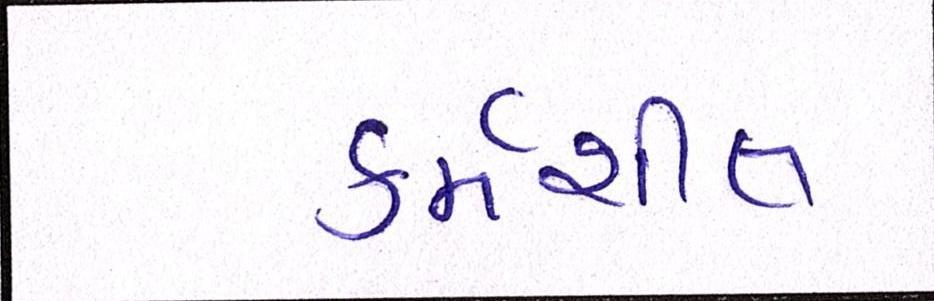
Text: કર્મશીલ